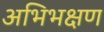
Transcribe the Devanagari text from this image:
अभिभक्षण